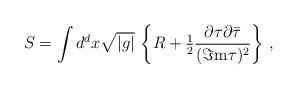
LaTeX: \begin{align*}S = \int d^{d}x \sqrt{|g|}\,\left\{R +{\textstyle\frac{1}{2}}\frac{\partial\tau\partial\bar{\tau}}{(\Im {\rm m} \tau)^{2}}\right\}\, ,\end{align*}